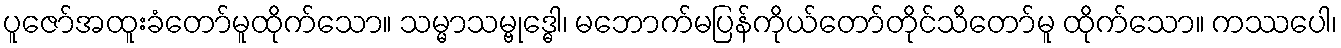
ပူဇော်အထူးခံတော်မူထိုက်သော။ သမ္မာသမ္ဗုဒ္ဓေါ၊ မဘောက်မပြန်ကိုယ်တော်တိုင်သိတော်မူ ထိုက်သော။ ကဿပေါ၊